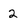
Character: 2